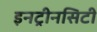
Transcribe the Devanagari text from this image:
इनट्रीनसिटी